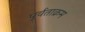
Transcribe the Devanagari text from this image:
पूर्वताक्रम